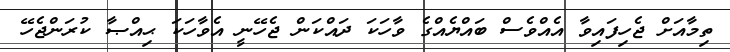
ތިމާއަށް ޖެހިފައިވާ އެއްވެސް ބައްޔެއްގެ ވާހަކަ ދައްކަން ޖެހޭނީ އެވާހަކަ ޙިއްޞާ ކުރަންޖެހޭ